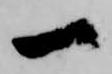
一